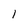
Character: 1